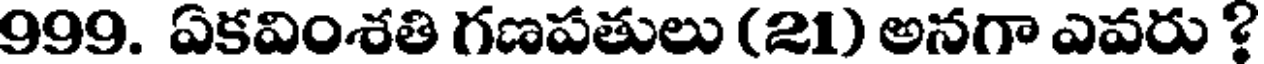
999. ఏకవింశతి గణపతులు (21) అనగా ఎవరు ?